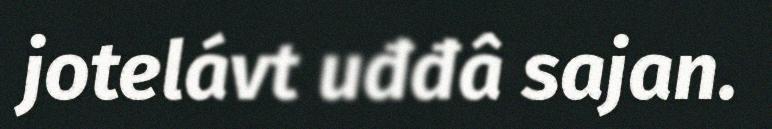
jotelávt uđđâ sajan.